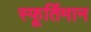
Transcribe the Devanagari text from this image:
स्फूर्तिमान